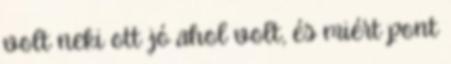
volt neki ott jó ahol volt, és miért pont